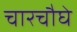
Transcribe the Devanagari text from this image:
चारचौघे